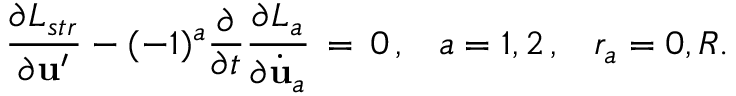
\frac { \partial L _ { s t r } } { \partial { \bf u } ^ { \prime } } - ( - 1 ) ^ { a } \frac { \partial } { \partial t } \frac { \partial L _ { a } } { \partial \dot { \bf u } _ { a } } \, = \, 0 \, { , } \quad a = 1 , 2 \, { , } \quad r _ { a } = 0 , R .